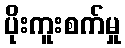
ပိုးကူးစက်မှု